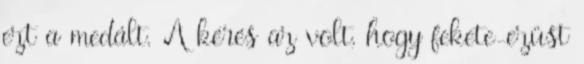
ezt a medált. A kérés az volt, hogy fekete-ezüst